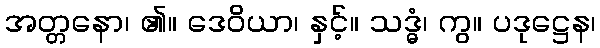
အတ္တနော၊ ၏။ ဒေဝိယာ၊ နှင့်။ သဒ္ဓံ၊ ကွ။ ပဒုဋ္ဌေန၊